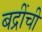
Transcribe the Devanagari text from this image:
बद्रींची